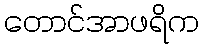
တောင်အာဖရိက